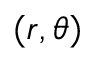
( r , \theta )